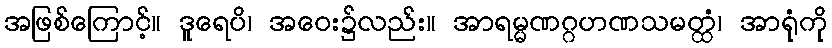
အဖြစ်ကြောင့်။ ဒူရေပိ၊ အဝေး၌လည်း။ အာရမ္မဏဂ္ဂဟဏသမတ္ထံ၊ အာရုံကို